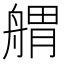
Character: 𦩝